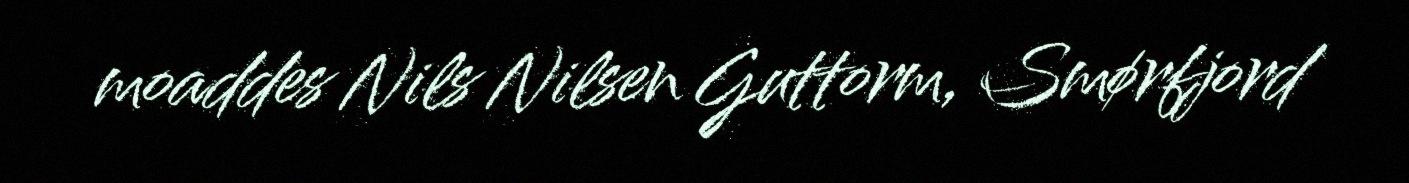
moaddes Nils Nilsen Guttorm, Smørfjord